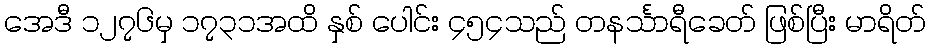
အေဒီ ၁၂၇၆မှ ၁၇၃၁အထိ နှစ် ပေါင်း ၄၅၄သည် တနင်္သာရီခေတ် ဖြစ်ပြီး မာရိတ်